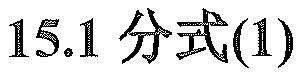
15.1 分式(1)